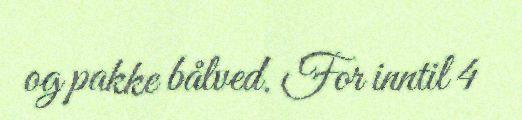
og pakke bålved. For inntil 4